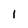
Character: 1